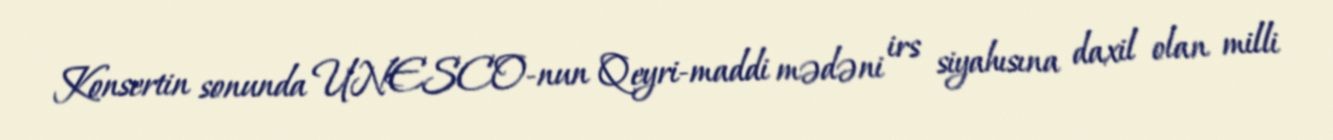
Konsertin sonunda UNESCO-nun Qeyri-maddi mədəni irs siyahısına daxil olan milli